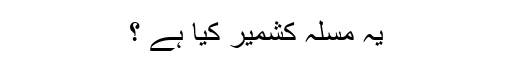
یہ مسلہ کشمیر کیا ہے ؟